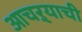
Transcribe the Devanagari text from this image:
आचऱ्याची